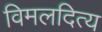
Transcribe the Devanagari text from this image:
विमलदित्य